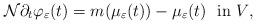
LaTeX: \begin{align*} \mathcal{N}\partial_t \varphi_{\varepsilon} (t) = m(\mu_{\varepsilon}(t)) - \mu_{\varepsilon}(t) \ \ \textrm{in $V$,}\end{align*}